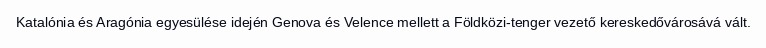
Katalónia és Aragónia egyesülése idején Genova és Velence mellett a Földközi-tenger vezető kereskedővárosává vált.